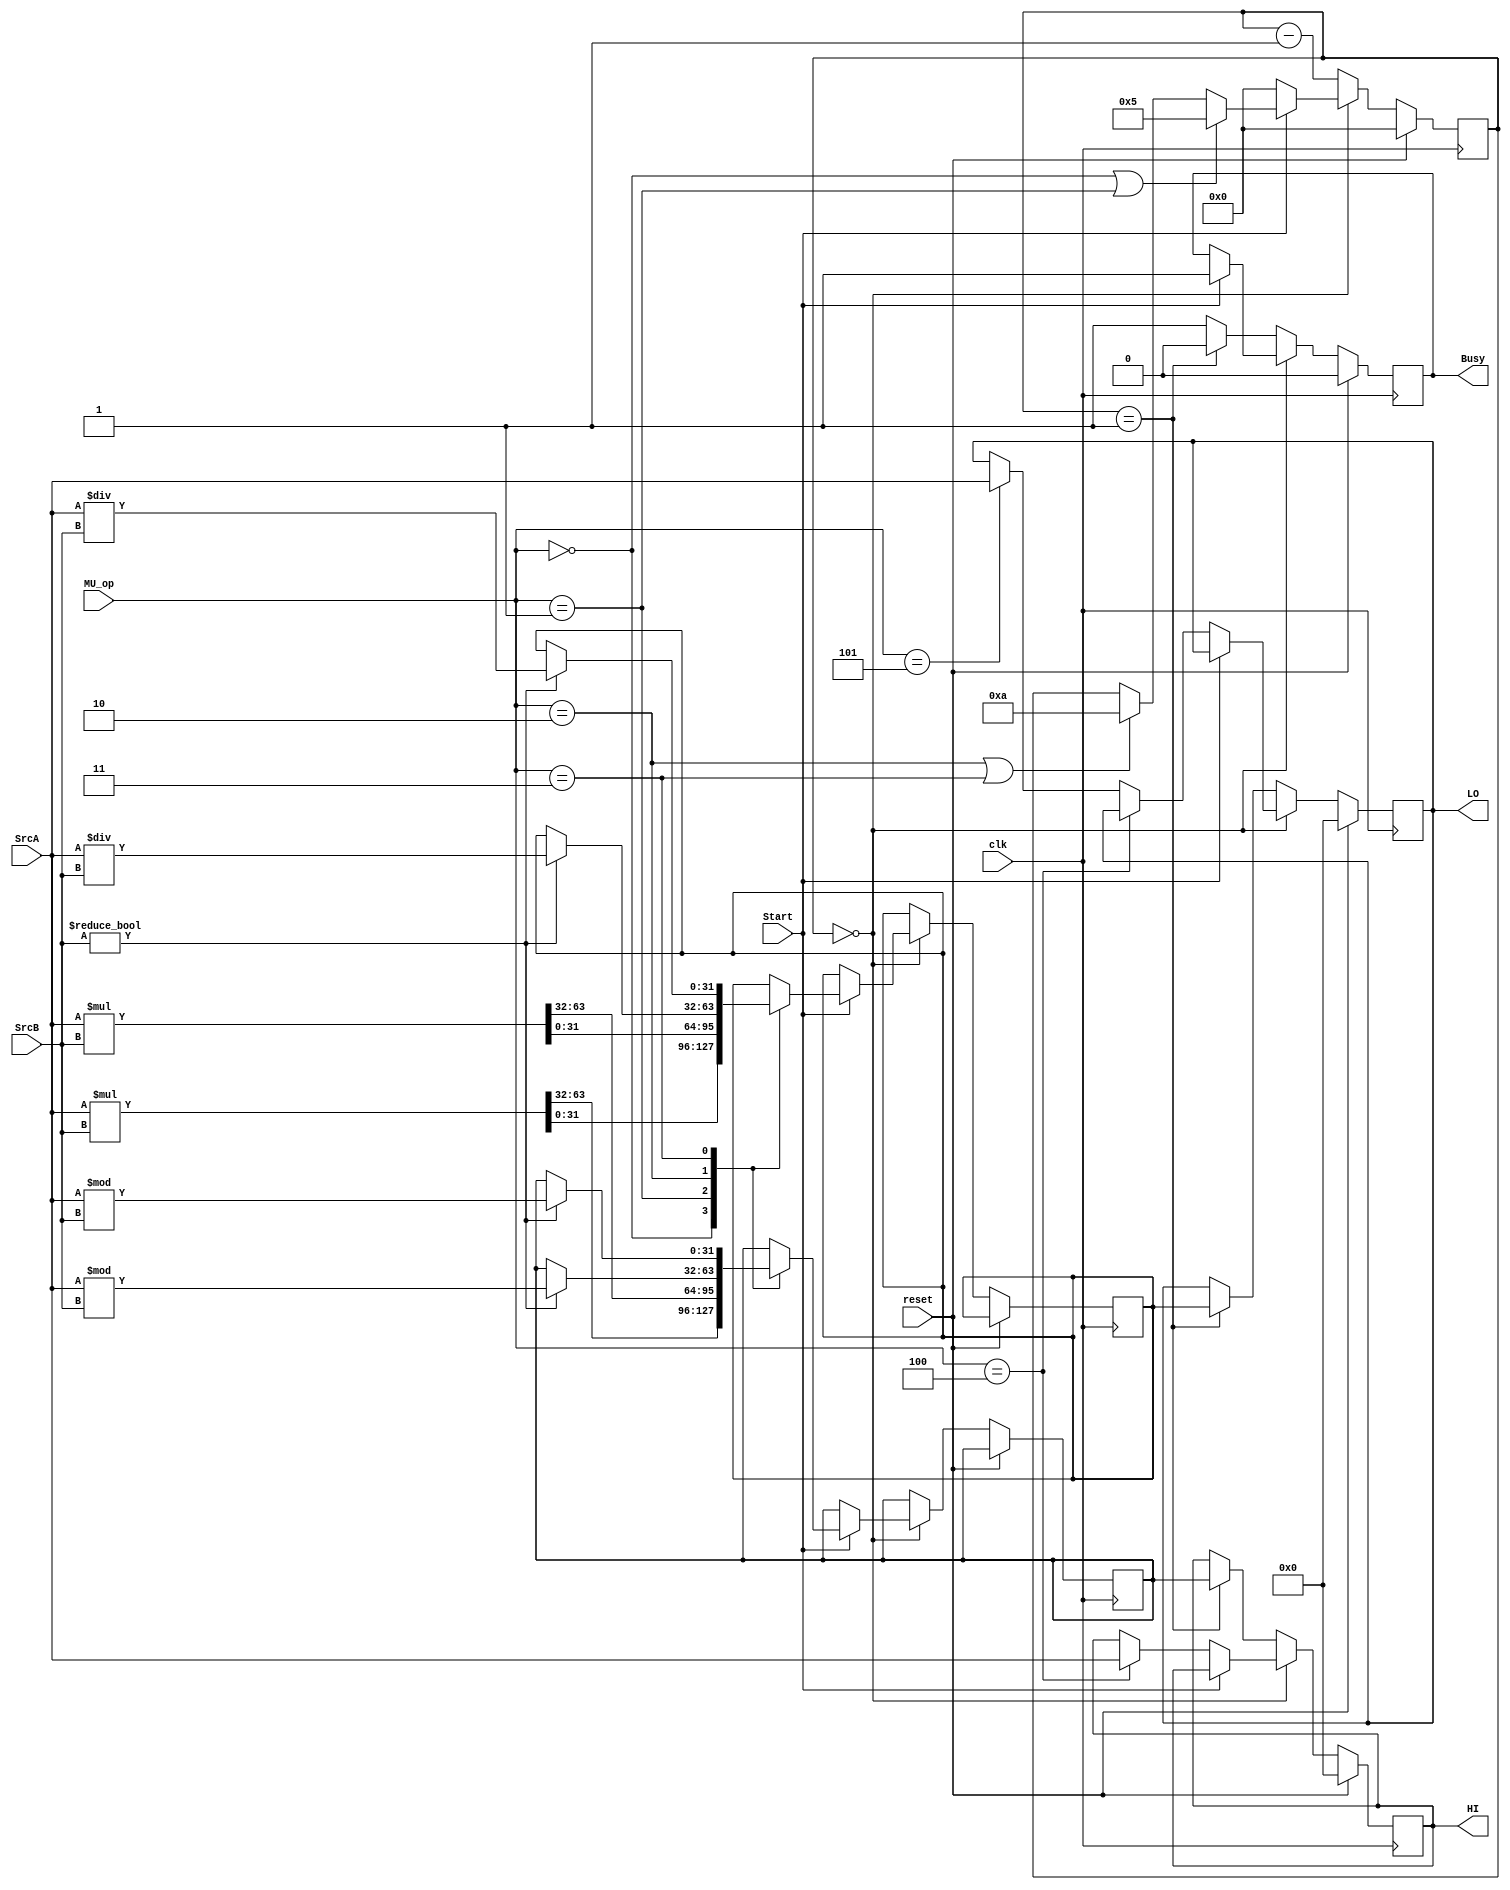
module MD(
	input clk,
	input reset,
	input[31:0] SrcA,
	input[31:0] SrcB,
	input[3:0] MU_op,
	input Start,
	
	output reg Busy,
	output reg [31:0] HI,
	output reg [31:0] LO
    );
	
	reg [3:0] cnt;
	reg [31:0] hi;
	reg [31:0] lo;
	
	parameter MU_mult = 4'b0000;
	parameter MU_multu= 4'b0001;
	parameter MU_div  = 4'b0010;
	parameter MU_divu = 4'b0011;
	parameter MU_mthi = 4'b0100;
	parameter MU_mtlo = 4'b0101;
	parameter MU_mfhi = 4'b0110;
	parameter MU_mflo = 4'b0111;
	parameter MU_none = 4'b1000;
	
	always @(posedge clk) begin
		if (reset) begin
			cnt <= 4'b0;
			HI  <= 32'b0;
			LO  <= 32'b0;
			Busy<= 1'b0;
		end
		else begin
			if(cnt == 4'b0) begin
				if (Start) begin
					Busy <= 1'b1;
					
					if(MU_op == MU_mult || MU_op == MU_multu) 
						cnt <= 5'd5;
					else if (MU_op == MU_div || MU_op == MU_divu)
						cnt <= 5'd10;
						
					case (MU_op)
						MU_mult:
							{hi,lo} <= $signed(SrcA) * $signed(SrcB);
						MU_multu:
							{hi,lo} <= SrcA * SrcB;
						MU_div: begin
							if(SrcB != 32'b0) begin
								lo <= $signed(SrcA) / $signed(SrcB);
								hi <= $signed(SrcA) % $signed(SrcB);
							end
							else begin
								lo <= lo;
								hi <= hi;
							end
						end
						MU_divu:begin
							if(SrcB != 32'b0) begin
								lo <= SrcA / SrcB;
								hi <= SrcA % SrcB;
							end
							else begin
								lo <= lo;
								hi <= hi;
							end
						end
					endcase
				end
				else begin
					cnt <= 4'b0;
					if (MU_op == MU_mthi)
						HI <= SrcA;
					else if (MU_op == MU_mtlo)
						LO <= SrcA;
				end
			end
			else if (cnt == 4'b1) begin
				LO <= lo;
				HI <= hi;
				Busy <= 1'b0;
				cnt <= cnt - 4'b1;
			end
			else begin
				cnt <= cnt - 4'b1;
				hi <= hi;
				lo <= lo;
				Busy <= 1'b1;
			end
		end
	end

endmodule